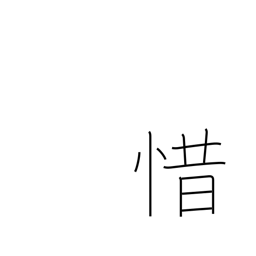
Meaning: stingy